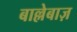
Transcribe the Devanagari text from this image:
बाल्लेबाज़